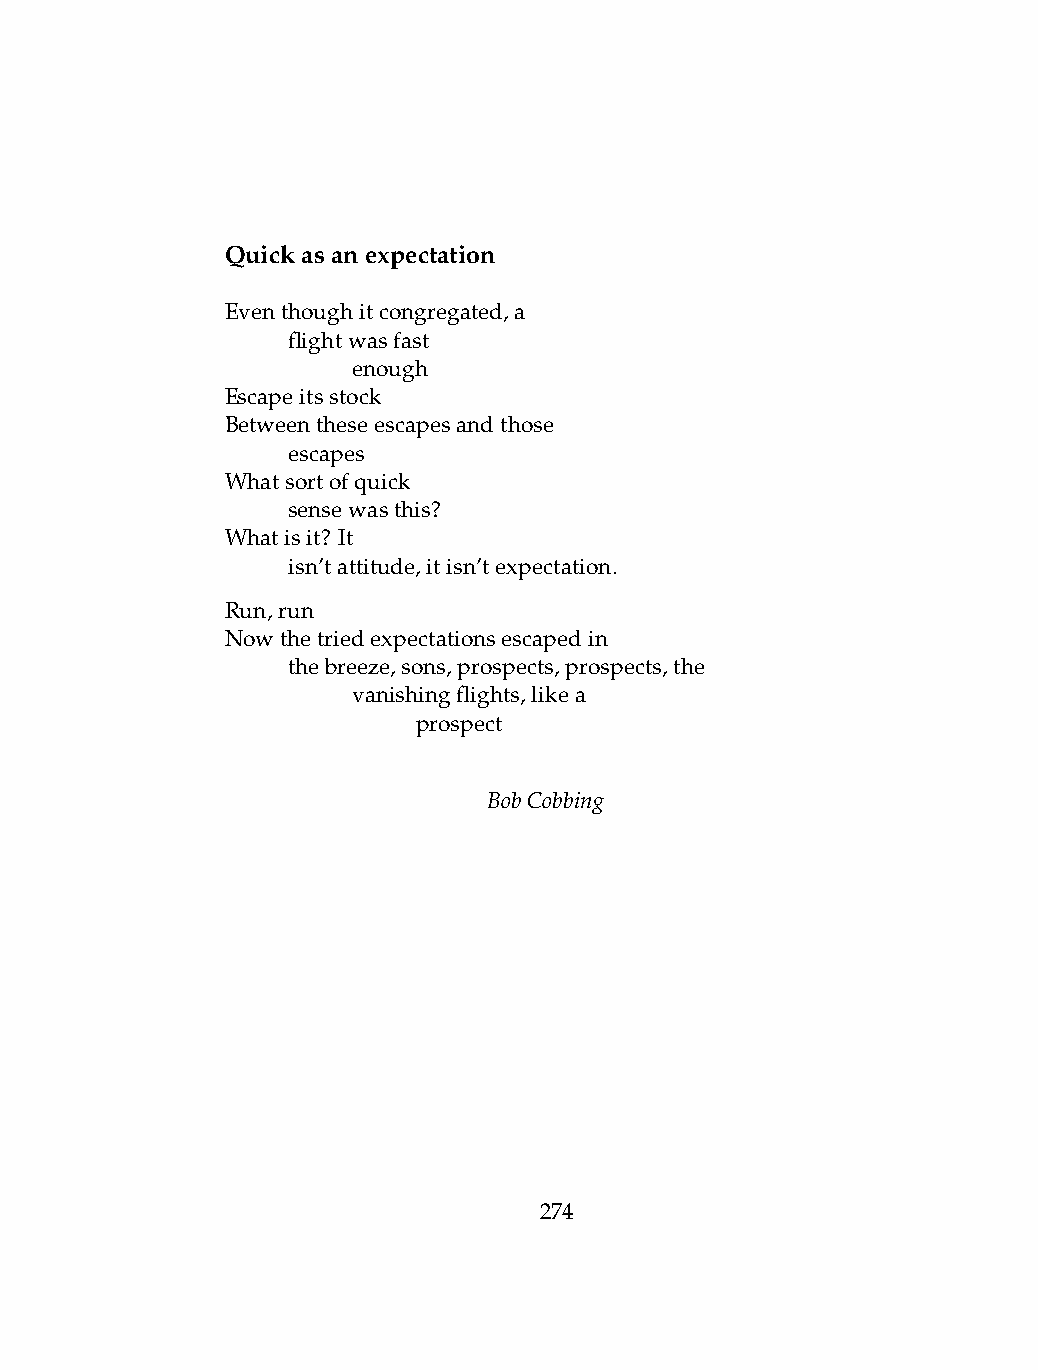
Quickasanexpectation
 Eventhoughitcongregated,a
 .   flightwasfast
 .   .   enough
 Escapeitsstock
 Betweentheseescapesandthose
 .   escapes
 Whatsortofquick
 .   sensewasthis?
 Whatisit? It
 .   isn’tattitude,itisn’texpectation.
 Run,run
 Nowthetriedexpectationsescapedin
 .   thebreeze,sons,prospects,prospects,the
 .   .   vanishingflights,likea
 .   .   .    prospect
 BobCobbing
 274